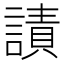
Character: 謮